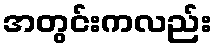
အတွင်းကလည်း